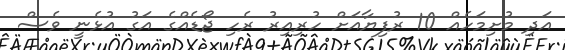
އަދި މުށިމަހެއް 10 ރުފިޔާއަށް ހުރިއިރު ރެހި ޖޯޑެއްގެ އަގު އުޅެނީ ވެސް